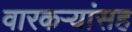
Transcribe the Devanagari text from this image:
वारकऱ्यांसह